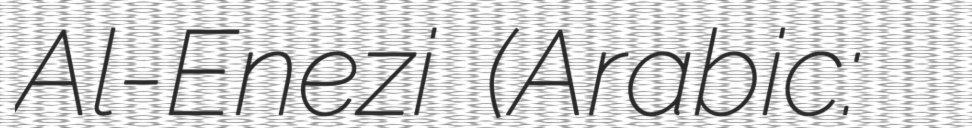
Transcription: Al-Enezi (Arabic: مهنا واقص